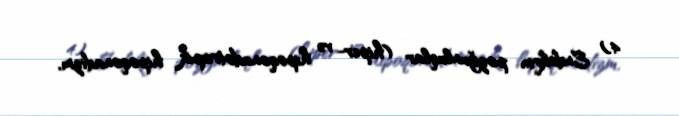
4) Endokrin pozğunluqlar (hiper- və hipoqonadotropik hipoqonadizm,